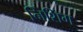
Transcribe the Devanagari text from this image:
निशिंग